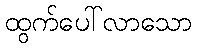
ထွက်ပေါ်လာသော